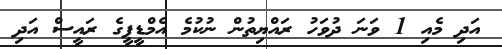
އަދި މެއި 1 ވަނަ ދުވަހު ރައްޔިތުން ނުކުމެ އެމްޑީޕީގެ ރައީސް އަދި